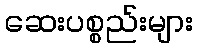
ဆေးပစ္စည်းများ